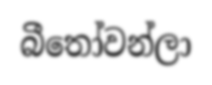
බීතෝවන්ලා